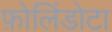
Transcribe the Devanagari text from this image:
फ़ोलिंडोटा